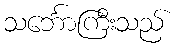
သင်္ဘောကြီးသည်